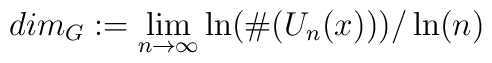
dim_G:=\lim_{n\to\infty}\ln(\#(U_n(x)))/\ln(n)